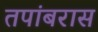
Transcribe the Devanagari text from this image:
तपांबरास